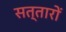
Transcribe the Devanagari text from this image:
सत्तारों